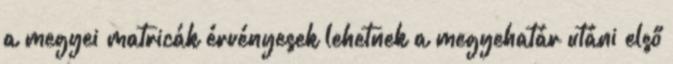
a megyei matricák érvényesek lehetnek a megyehatár utáni első